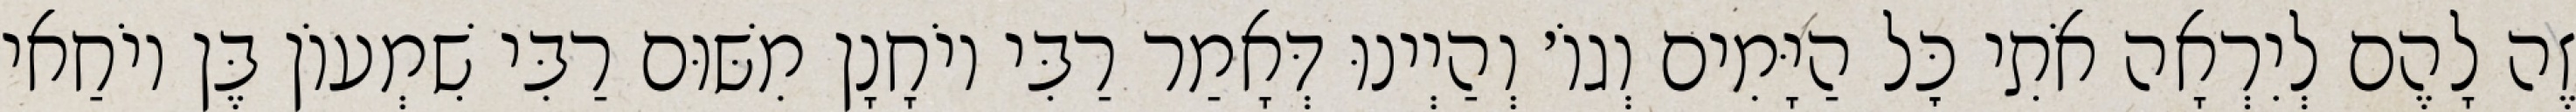
זֶה לָהֶם לְיִרְאָה אֹתִי כׇּל הַיָּמִים וְגוֹ׳ וְהַיְינוּ דְּאָמַר רַבִּי יוֹחָנָן מִשּׁוּם רַבִּי שִׁמְעוֹן בֶּן יוֹחַאי